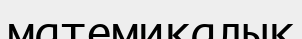
матемикалық